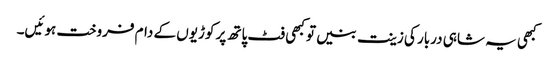
کبھی یہ شاہی دربار کی زینت بنیں تو کبھی فٹ پاتھ پر کوڑیوں کے دام فروخت ہوئیں۔